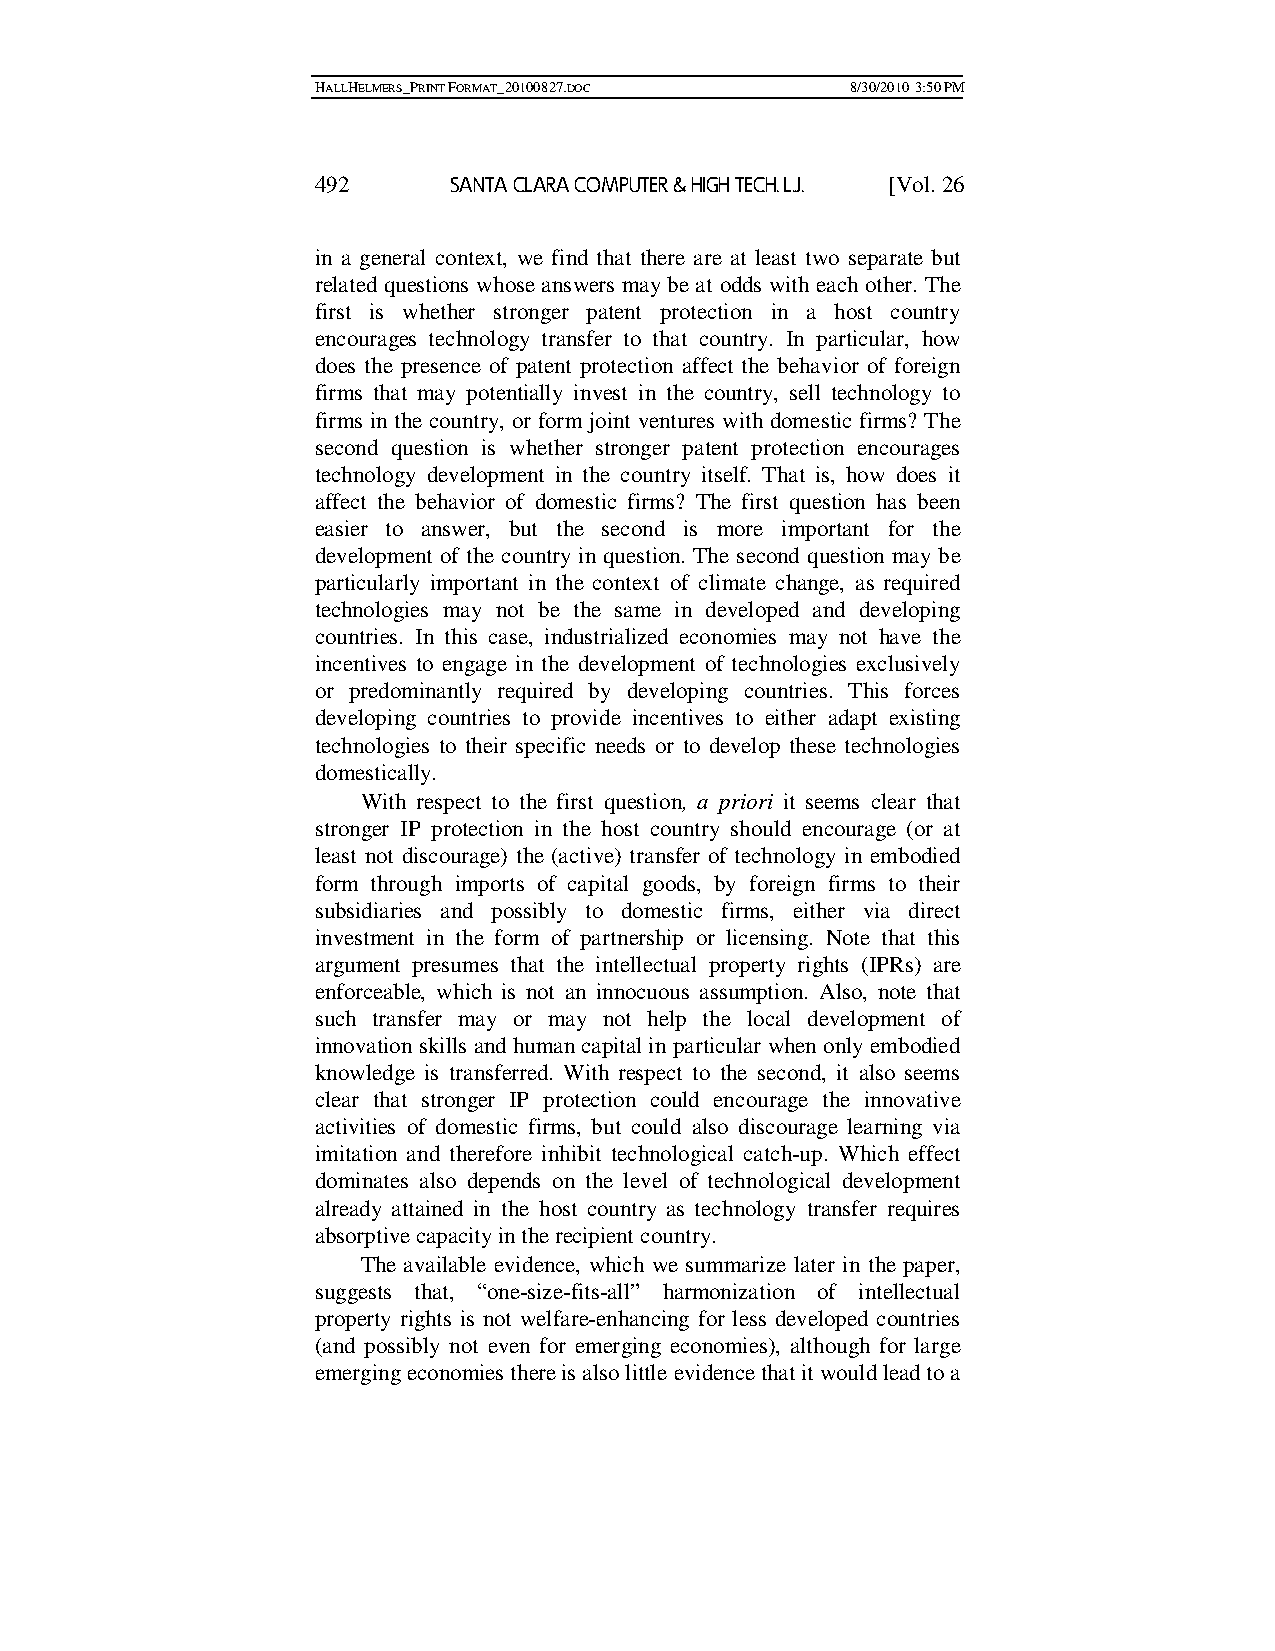
HALLHELMERS_PRINT FORMAT_20100827.DOC 8/30/2010 3:50 PM
 492      SANTA CLARA COMPUTER & HIGH TECH. L.J. [Vol. 26
 in a general context, we find that there are at least two separate but
 related questions whose answers may be at odds with each other. The
 first is whether stronger patent protection in a host country
 encourages technology transfer to that country. In particular, how
 does the presence of patent protection affect the behavior of foreign
 firms that may potentially invest in the country, sell technology to
 firms in the country, or form joint ventures with domestic firms? The
 second question is whether stronger patent protection encourages
 technology development in the country itself. That is, how does it
 affect the behavior of domestic firms? The first question has been
 easier to answer, but the second is more important for the
 development of the country in question. The second question may be
 particularly important in the context of climate change, as required
 technologies may not be the same in developed and developing
 countries. In this case, industrialized economies may not have the
 incentives to engage in the development of technologies exclusively
 or predominantly required by developing countries. This forces
 developing countries to provide incentives to either adapt existing
 technologies to their specific needs or to develop these technologies
 domestically.
 With respect to the first question, a priori it seems clear that
 stronger IP protection in the host country should encourage (or at
 least not discourage) the (active) transfer of technology in embodied
 form through imports of capital goods, by foreign firms to their
 subsidiaries and possibly to domestic firms, either via direct
 investment in the form of partnership or licensing. Note that this
 argument presumes that the intellectual property rights (IPRs) are
 enforceable, which is not an innocuous assumption. Also, note that
 such transfer may or may not help the local development of
 innovation skills and human capital in particular when only embodied
 knowledge is transferred. With respect to the second, it also seems
 clear that stronger IP protection could encourage the innovative
 activities of domestic firms, but could also discourage learning via
 imitation and therefore inhibit technological catch-up. Which effect
 dominates also depends on the level of technological development
 already attained in the host country as technology transfer requires
 absorptive capacity in the recipient country.
 The available evidence, which we summarize later in the paper,
 suggests that, “one-size-fits-all” harmonization of intellectual
 property rights is not welfare-enhancing for less developed countries
 (and possibly not even for emerging economies), although for large
 emerging economies there is also little evidence that it would lead to a